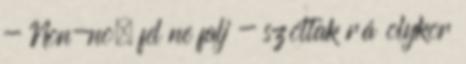
- Non-no, fel ne falj - szóltak rá olykor